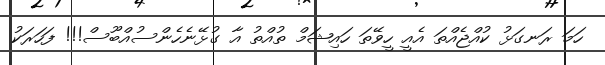
ހަމަ ރަނގަަޅު ކުއްޖެއްތަ އެއީ ހީވޭތަ ހައިޝަމް ތުއްތު އާ ގުޅޭނެހެންސުއްބޫސް!!! ފަހަރަކު